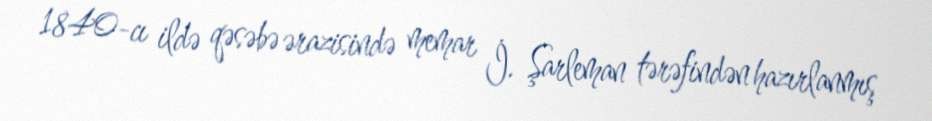
1840-cı ildə qəsəbə ərazisində memar İ. Şarleman tərəfindən hazırlanmış